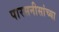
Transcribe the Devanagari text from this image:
पारसनीसांच्या